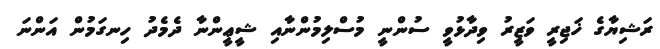
ރަޝިޔާގެ ޚަޖިރީ ވަޒީރު ވިދާޅުވީ ސުންނީ މުސްލިމުންނާއި ޝީޢީންނާ ދެމެދު ހިނގަމުން އަންނަ